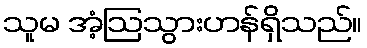
သူမ အံ့ဩသွားဟန်ရှိသည်။